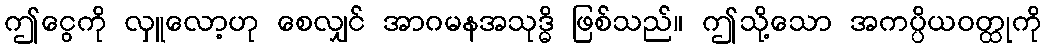
ဤငွေကို လှူလော့ဟု စေလျှင် အာဂမနအသုဒ္ဓိ ဖြစ်သည်။ ဤသို့သော အကပ္ပိယဝတ္ထုကို